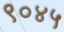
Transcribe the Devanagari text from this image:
९०४५